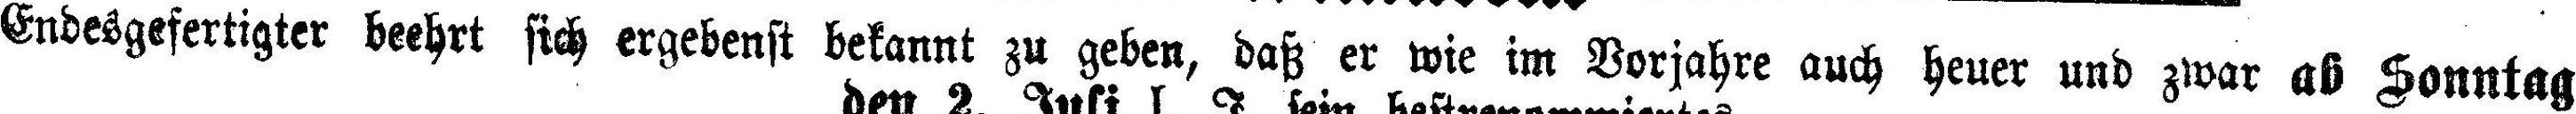
Endesgefertigter beehrt sich ergebenst bekannt zu geben, daß er wie im Vorjahre auch heuer und zwar ab Sonntag